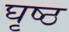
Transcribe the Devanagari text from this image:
घृष्ठ